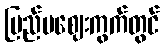
ပြည်ပဈေးကွက်တွင်